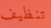
تنظيف